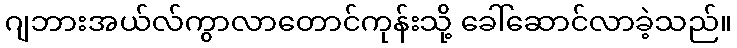
ဂျဘားအယ်လ်ကွာလာတောင်ကုန်းသို့ ခေါ်ဆောင်လာခဲ့သည်။